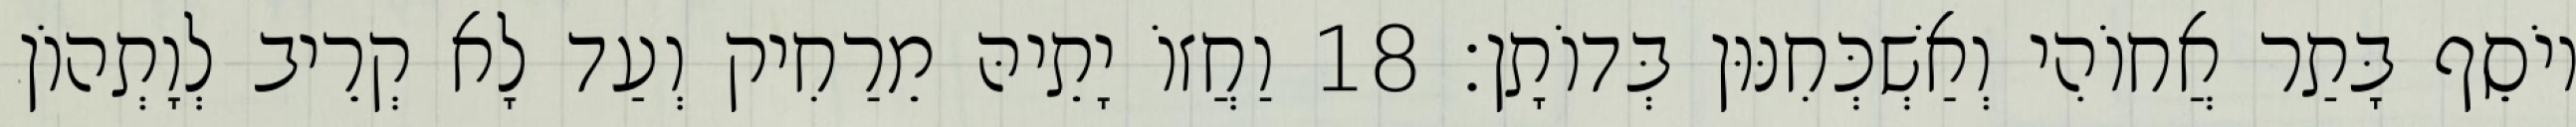
יוֹסֵף בָּתַר אֲחוֹהִי וְאַשְׁכְּחִנּוּן בְּדוֹתָן׃ 18 וַחֲזוֹ יָתֵיהּ מֵרַחִיק וְעַד לָא קְרֵיב לְוָתְהוֹן